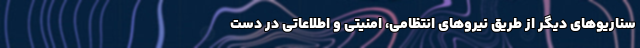
سناریوهای دیگر از طریق نیروهای انتظامی، امنیتی و اطلاعاتی در دست